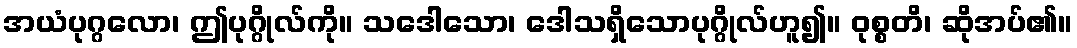
အယံပုဂ္ဂလော၊ ဤပုဂ္ဂိုလ်ကို။ သဒေါသော၊ ဒေါသရှိသောပုဂ္ဂိုလ်ဟူ၍။ ဝုစ္စတိ၊ ဆိုအပ်၏။